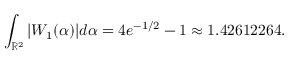
\int _ { \mathbb { R } ^ { 2 } } | W _ { 1 } ( \alpha ) | d \alpha = 4 e ^ { - 1 / 2 } - 1 \approx 1 . 4 2 6 1 2 2 6 4 .